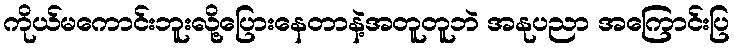
ကိုယ်မကောင်းဘူးလို့ပြေားနေတာနဲ့အတူတူဘဲ အနုပညာ အကြောင်းပြ